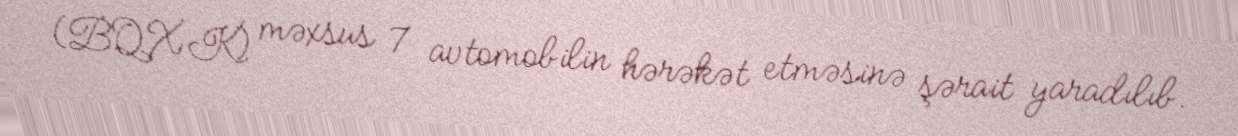
(BQXK) məxsus 7 avtomobilin hərəkət etməsinə şərait yaradılıb.